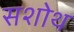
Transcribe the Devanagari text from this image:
सशोथ